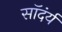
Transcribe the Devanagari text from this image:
सॉदंर्य